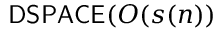
{ \mathsf { D S P A C E } } ( O ( s ( n ) )